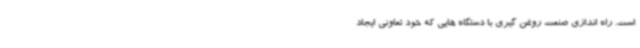
است. راه اندازی صنعت روغن گیری با دستگاه هایی که خود تعاونی ایجاد